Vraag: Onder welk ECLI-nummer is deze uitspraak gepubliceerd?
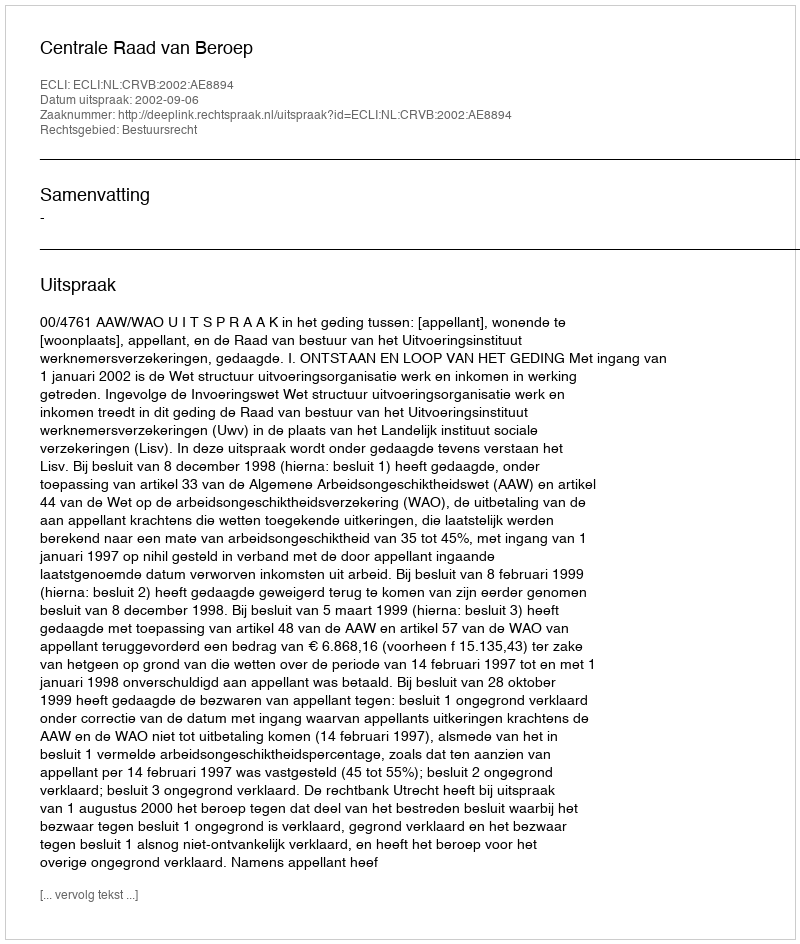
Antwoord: ECLI:NL:CRVB:2002:AE8894